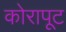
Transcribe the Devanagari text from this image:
कोरापूट